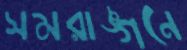
সমরাঙ্গনে